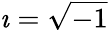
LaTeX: \imath=\sqrt{-1}